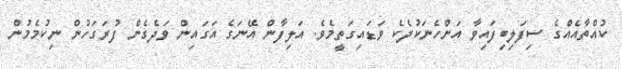
ކުއްތާއެއްގެ ސިފަލިބިފައިވާ އަންހެނަކުދެކެ ވަޑައިގަތީމެވެ. އަލިފާން އޭނަގެ އަގައިން ވަދެގެން ފުރަގަހުން ނިކުމެމުން